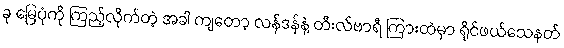
ခု မြေပုံကို ကြည့်လိုက်တဲ့ အခါ ကျတော့ လန်ဒန်နဲ့ တီးလ်ဗာရီ ကြားထဲမှာ ရိုင်ဖယ်သေနတ်